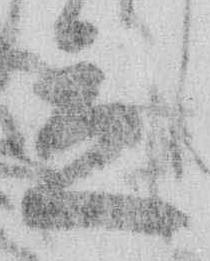
立